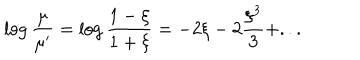
\log { \frac { \mu } { \mu ^ { \prime } } } = \log { \frac { 1 - \xi } { 1 + \xi } } = - 2 \xi - 2 { \frac { \xi ^ { 3 } } { 3 } } + . . .